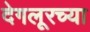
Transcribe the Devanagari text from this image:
देगलूरच्या